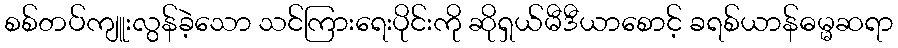
စစ်တပ်ကျူးလွန်ခဲ့သော သင်ကြားရေးပိုင်းကို ဆိုရှယ်မီဒီယာစောင့် ခရစ်ယာန်ဓမ္မဆရာ